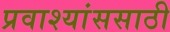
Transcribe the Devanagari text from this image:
प्रवाश्यांससाठी